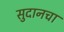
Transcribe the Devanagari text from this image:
सुदानचा